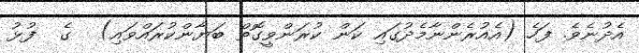
އެދުނެވެ. ފަހެ (އެއުރެންނާމެދުގައި ކަން ކުރަންވީގޮތް ބަޔާންކުރައްވައި)  ގެ  ފުޅު